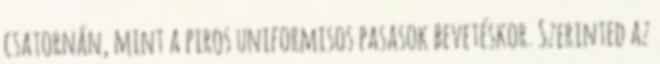
csatornán, mint a piros uniformisos pasasok bevetéskor. Szerinted az